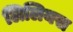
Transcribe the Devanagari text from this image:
लिलियस